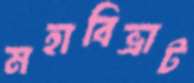
মহাবিভ্রাট